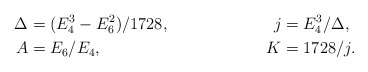
\begin{align*} \Delta &= (E_4^3-E_6^2)/1728, & j &= E_4^3/\Delta,\\ A &= E_6/E_4, & K &= 1728/j.\end{align*}